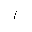
Letter: _alif